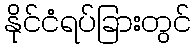
နိုင်ငံရပ်ခြားတွင်